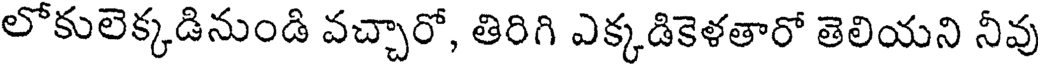
లోకులెక్కడినుండి వచ్చారో, తిరిగి ఎక్కడికెళతారో తెలియని నీవు